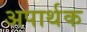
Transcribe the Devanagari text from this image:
अपार्थक